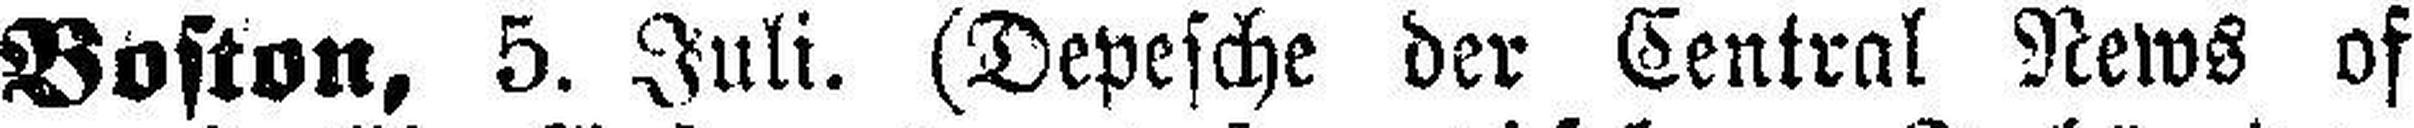
Boston, 5. Juli. (Depesche der Central News of